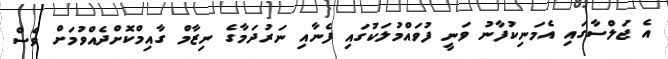
އެ ޖަލްސާގައި އެމަނިކުފާނު ވަނީ ފުވައްމުލަކުގައި ފެނާއި ނަރުދަމާގެ ނިޒާމް ގާއިމްކޮށްދެއްވުމަށް ވެސް